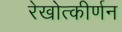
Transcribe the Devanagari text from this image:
रेखोत्कीर्णन